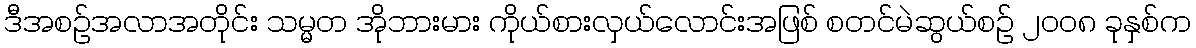
ဒီအစဉ်အလာအတိုင်း သမ္မတ အိုဘားမား ကိုယ်စားလှယ်လောင်းအဖြစ် စတင်မဲဆွယ်စဉ် ၂၀၀၈ ခုနှစ်က